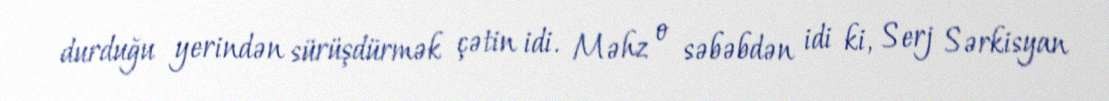
durduğu yerindən sürüşdürmək çətin idi. Məhz o səbəbdən idi ki, Serj Sərkisyan